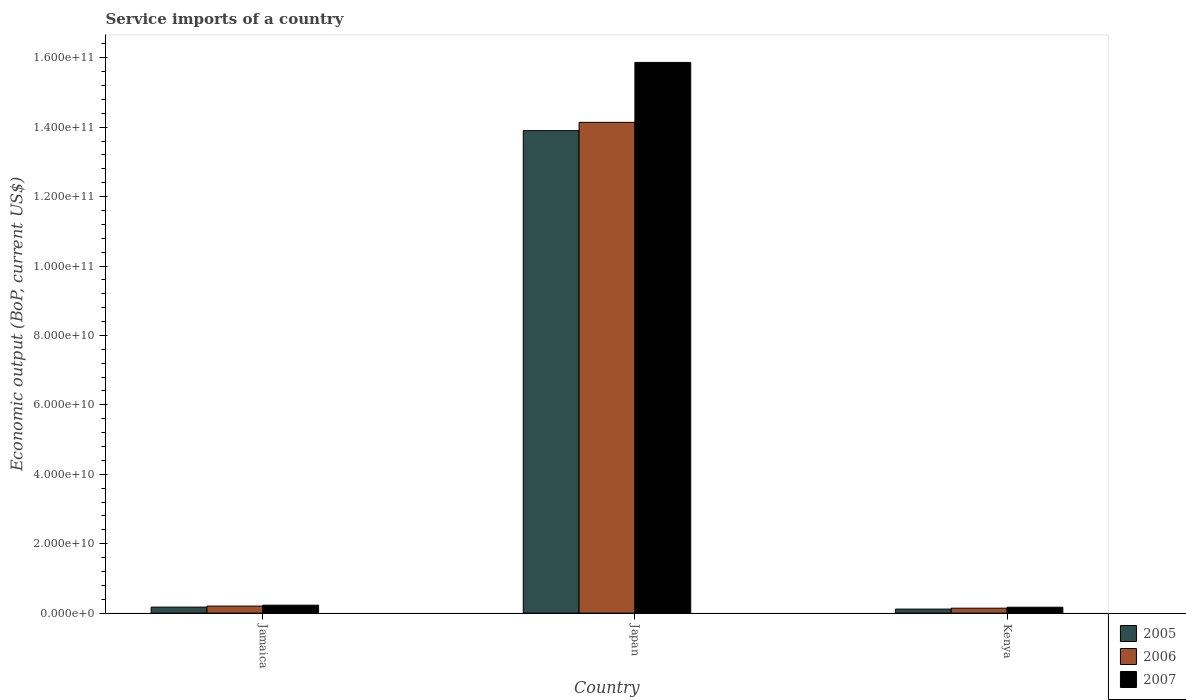
| Country | 2005 | 2006 | 2007 |
 | --- | --- | --- | --- |
 | Jamaica | 1.72e+09 | 2.02e+09 | 2.28e+09 |
 | Japan | 1.39e+11 | 1.41e+11 | 1.59e+11 |
 | Kenya | 1.15e+09 | 1.42e+09 | 1.69e+09 |